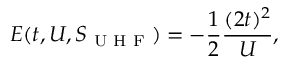
E ( t , U , S _ { \textrm { U H F } } ) = - \frac { 1 } { 2 } \frac { ( 2 t ) ^ { 2 } } { U } ,